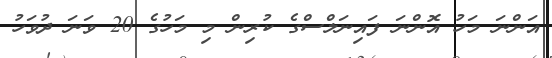
އަންނަ މަހު އޮންނަ ފައިނަލްސްގެ ކުރިން މި މަހުގެ 20 ވަނަ ދުވަހު